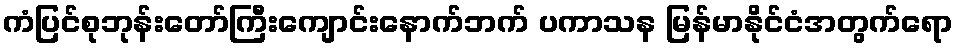
ကံပြင်စုဘုန်းတော်ကြီးကျောင်းနောက်ဘက် ပကာသန မြန်မာနိုင်ငံအတွက်ရော